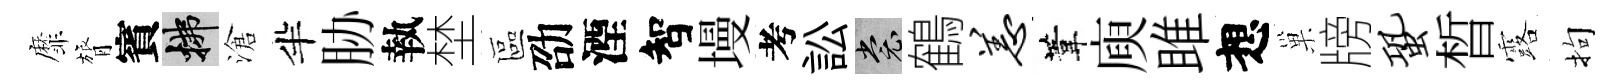
靡膂賓拂滄半胁執埜區劭湮智墁考訟裳鶴恙葦庾雎想巢牓蛩晳露拘